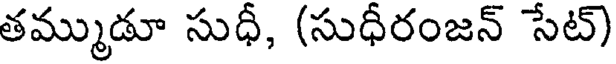
తమ్ముడూ సుధీ, (సుధీరంజన్ సేట్)